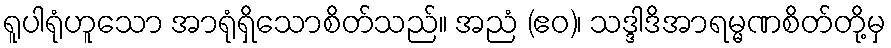
ရူပါရုံဟူသော အာရုံရှိသောစိတ်သည်။ အညံ (ဧဝ)၊ သဒ္ဒါဒိအာရမ္မဏစိတ်တို့မှ